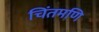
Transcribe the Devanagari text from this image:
चिंतमणि